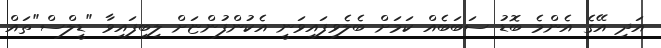
އަދި އޭގެ އެންމެ ބޮޑު ސަބަބެއް ކަމަށް ބެލެވިފައިވަނީ އެކުންފުންޏަށް ލިބިފައިވާ "ޑީލްސް"ތައް